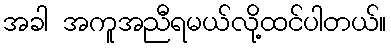
အခါ အကူအညီရမယ်လို့ထင်ပါတယ်။